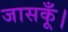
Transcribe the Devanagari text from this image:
जासकूँ।